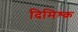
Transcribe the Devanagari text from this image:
दिमिश्क़